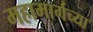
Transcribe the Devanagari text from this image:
महामार्गच्या